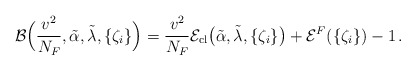
\begin{align*}{\cal B}\Bigl(\frac{v^2}{N_F},\tilde{\alpha},\tilde{\lambda},\{\zeta_i\}\Bigr) =\frac{ v^2}{N_F} {\cal E}_{\rm cl}\bigl(\tilde{\alpha}, \tilde{\lambda},\{\zeta_i\}\bigr) + {\cal E}^{F}(\{\zeta_i\})- 1 \, .\end{align*}